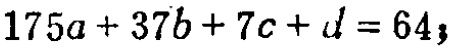
\(175a + 37b + 7c + d = 64\)